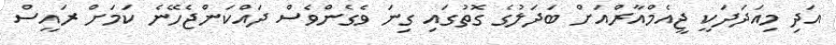
އަދި މިއަދަދަކީ ޖީއެމްއާރްއަށް ބަދަލުގެ ގޮތުގައި ގިނަ ވެގެންވެސް ދައްކަންޖެހޭނެ ކަމަށް ރައީސް